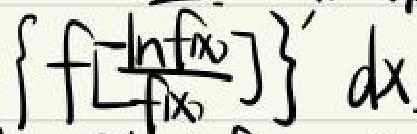
\(\left\{f\left[\frac{\ln f(x)}{f(x)}\right]\right\}'\ dx\)